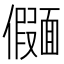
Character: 𫖄